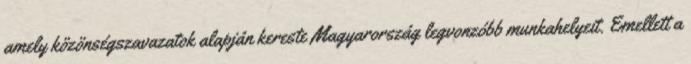
amely közönségszavazatok alapján kereste Magyarország legvonzóbb munkahelyeit. Emellett a